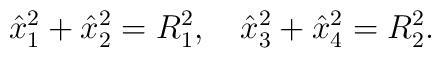
\hat{x}_{1}^{2}+\hat{x}_{2}^{2}=R_{1}^{2} , \hspace{0.4cm} \hat{x}_{3}^{2}+\hat{x}_{4}^{2}=R_{2}^{2} .